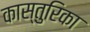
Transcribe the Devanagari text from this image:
कास्तुरिका